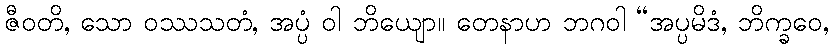
ဇီဝတိ, သော ဝဿသတံ, အပ္ပံ ဝါ ဘိယျော။ တေနာဟ ဘဂဝါ “အပ္ပမိဒံ, ဘိက္ခဝေ,